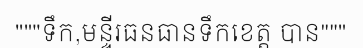
"""ទឹក,មន្ទីរធនធានទឹកខេត្ត បាន"""